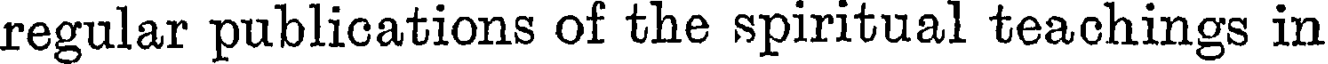
regular publications of the spiritual teachings in